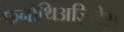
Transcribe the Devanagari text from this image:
फेनोथिअज़िनेस